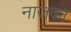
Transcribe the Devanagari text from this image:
नाजका